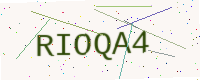
Text: RIOQA4